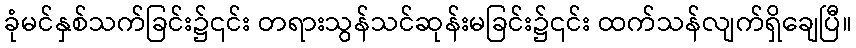
ခုံမင်နှစ်သက်ခြင်း၌၎င်း တရားသွန်သင်ဆုန်းမခြင်း၌၎င်း ထက်သန်လျက်ရှိချေပြီ။